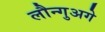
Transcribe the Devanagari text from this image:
लौन्गुअगे